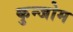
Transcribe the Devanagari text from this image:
कुन्जोम